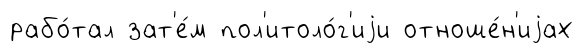
рабо́тал зат'е́м пол'итоло́г'иjи отноше́н'иjах